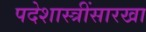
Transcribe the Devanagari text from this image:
पदेशास्त्रींसारखा